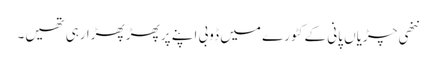
ننھی چڑیاں پانی کے کٹورے میں ڈوبی اپنے پر پھڑ پھڑا رہی تھیں۔